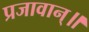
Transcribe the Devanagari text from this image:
प्रजावान्॥